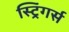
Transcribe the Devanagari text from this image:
स्ट्रिंगर्स